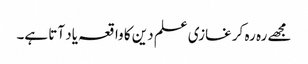
مجھے رہ رہ کر غازی علم دین کا واقعہ یاد آتا ہے۔